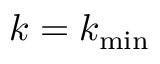
k = k _ { \mathrm { m i n } }